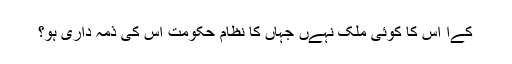
کےا اس کا کوئی ملک نہےں جہاں کا نظامِ حکومت اس کی ذمہ داری ہو؟